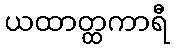
ယထာတ္ထကာရီ